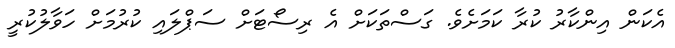
އެކަން އިންކާރު ކުރާ ކަމަށެވެ. ގަސްތަކަށް އެ ރިސޯޓަށް ސަޕްލައި ކުރުމަށް ހަވާލުކުރީ